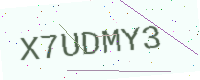
Text: X7UDMY3